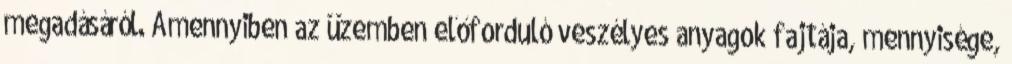
megadásáról. Amennyiben az üzemben előforduló veszélyes anyagok fajtája, mennyisége,